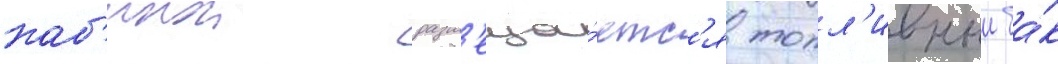
каб'инои разм'еща́етс'я топл'ивныи ба́к